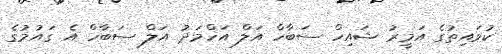
ކުވައިތުގެ އަމީރު ޝައިހް ސަބާހް އަލް އަހްމަދު އަލް ސަބާހް އެ ގައުމުގެ